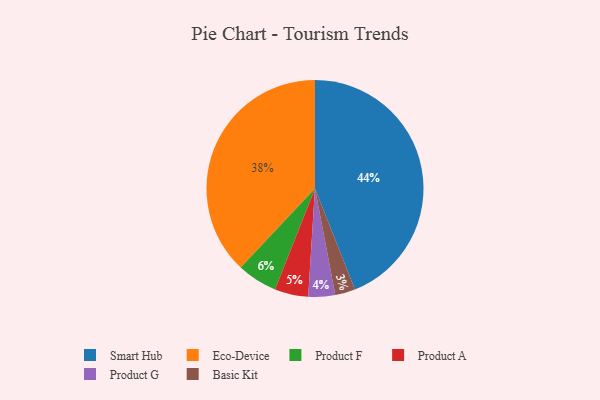
{"axis": {"x": "Category", "y": "Percentage"}, "legend": ["Basic Kit", "Eco-Device", "Product A", "Product F", "Product G", "Smart Hub"], "data": [{"x": "Smart Hub", "y": 44, "type": "Smart Hub"}, {"x": "Product A", "y": 5, "type": "Product A"}, {"x": "Product G", "y": 4, "type": "Product G"}, {"x": "Eco-Device", "y": 38, "type": "Eco-Device"}, {"x": "Product F", "y": 6, "type": "Product F"}, {"x": "Basic Kit", "y": 3, "type": "Basic Kit"}]}